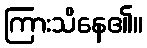
ကြားသိနေ၏။